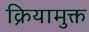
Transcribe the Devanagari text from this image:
क्रियामुक्त